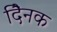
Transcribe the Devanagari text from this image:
दैिनक